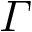
{ \varGamma }